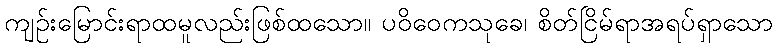
ကျဉ်းမြောင်းရာထမူလည်းဖြစ်ထသော။ ပဝိဝေကသုခေ၊ စိတ်ငြိမ်ရာအရပ်ရှာသော